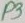
Text: P3